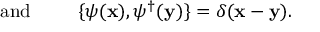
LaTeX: \mathrm { a n d } \; \; \; \; \; \; \; \; \; \{ \psi ( { \bf x } ) , \psi ^ { \dagger } ( { \bf y } ) \} = \delta ( { \bf x - y } ) .